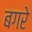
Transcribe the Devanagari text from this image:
बगरे